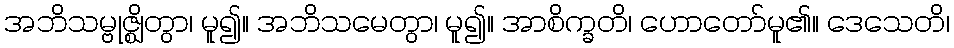
အဘိသမ္ဗုဇ္ဈိတွာ၊ မူ၍။ အဘိသမေတွာ၊ မူ၍။ အာစိက္ခတိ၊ ဟောတော်မူ၏။ ဒေသေတိ၊